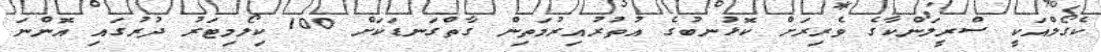
ކެގޯލްއަކީ ސްރީލަންކާގެ ވެރިރަށް ކޮޅުނބުގެ އުތުރުއިރުމަތިން ގާތްގަނޑަކަށް 100 ކިލޯމިޓަރު ދުރުގައި އޮންނަ